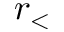
r _ { < }